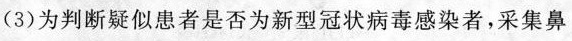
(3)为判断疑似患者是否为新型冠状病毒感染者，采集鼻